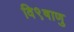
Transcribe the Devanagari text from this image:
वि९षाणु